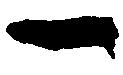
一